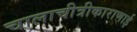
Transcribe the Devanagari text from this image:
चालाचीत्रीकाराणाई